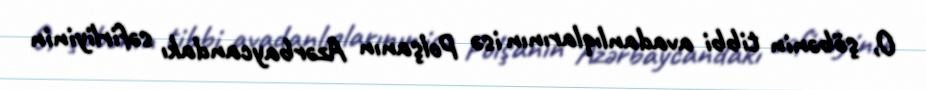
O, şöbənin tibbi avadanlıqlarının isə Polşanın Azərbaycandakı səfirliyinin